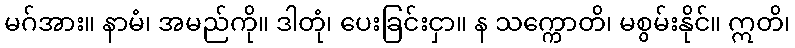
မဂ်အား။ နာမံ၊ အမည်ကို။ ဒါတုံ၊ ပေးခြင်းငှာ။ န သက္ကောတိ၊ မစွမ်းနိုင်။ ဣတိ၊